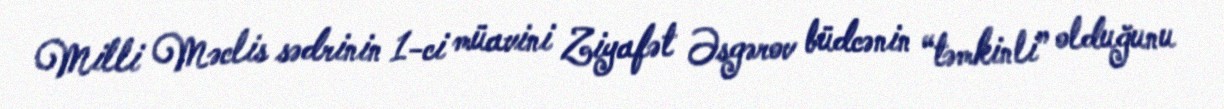
Milli Məclis sədrinin 1-ci müavini Ziyafət Əsgərov büdcənin “təmkinli” olduğunu